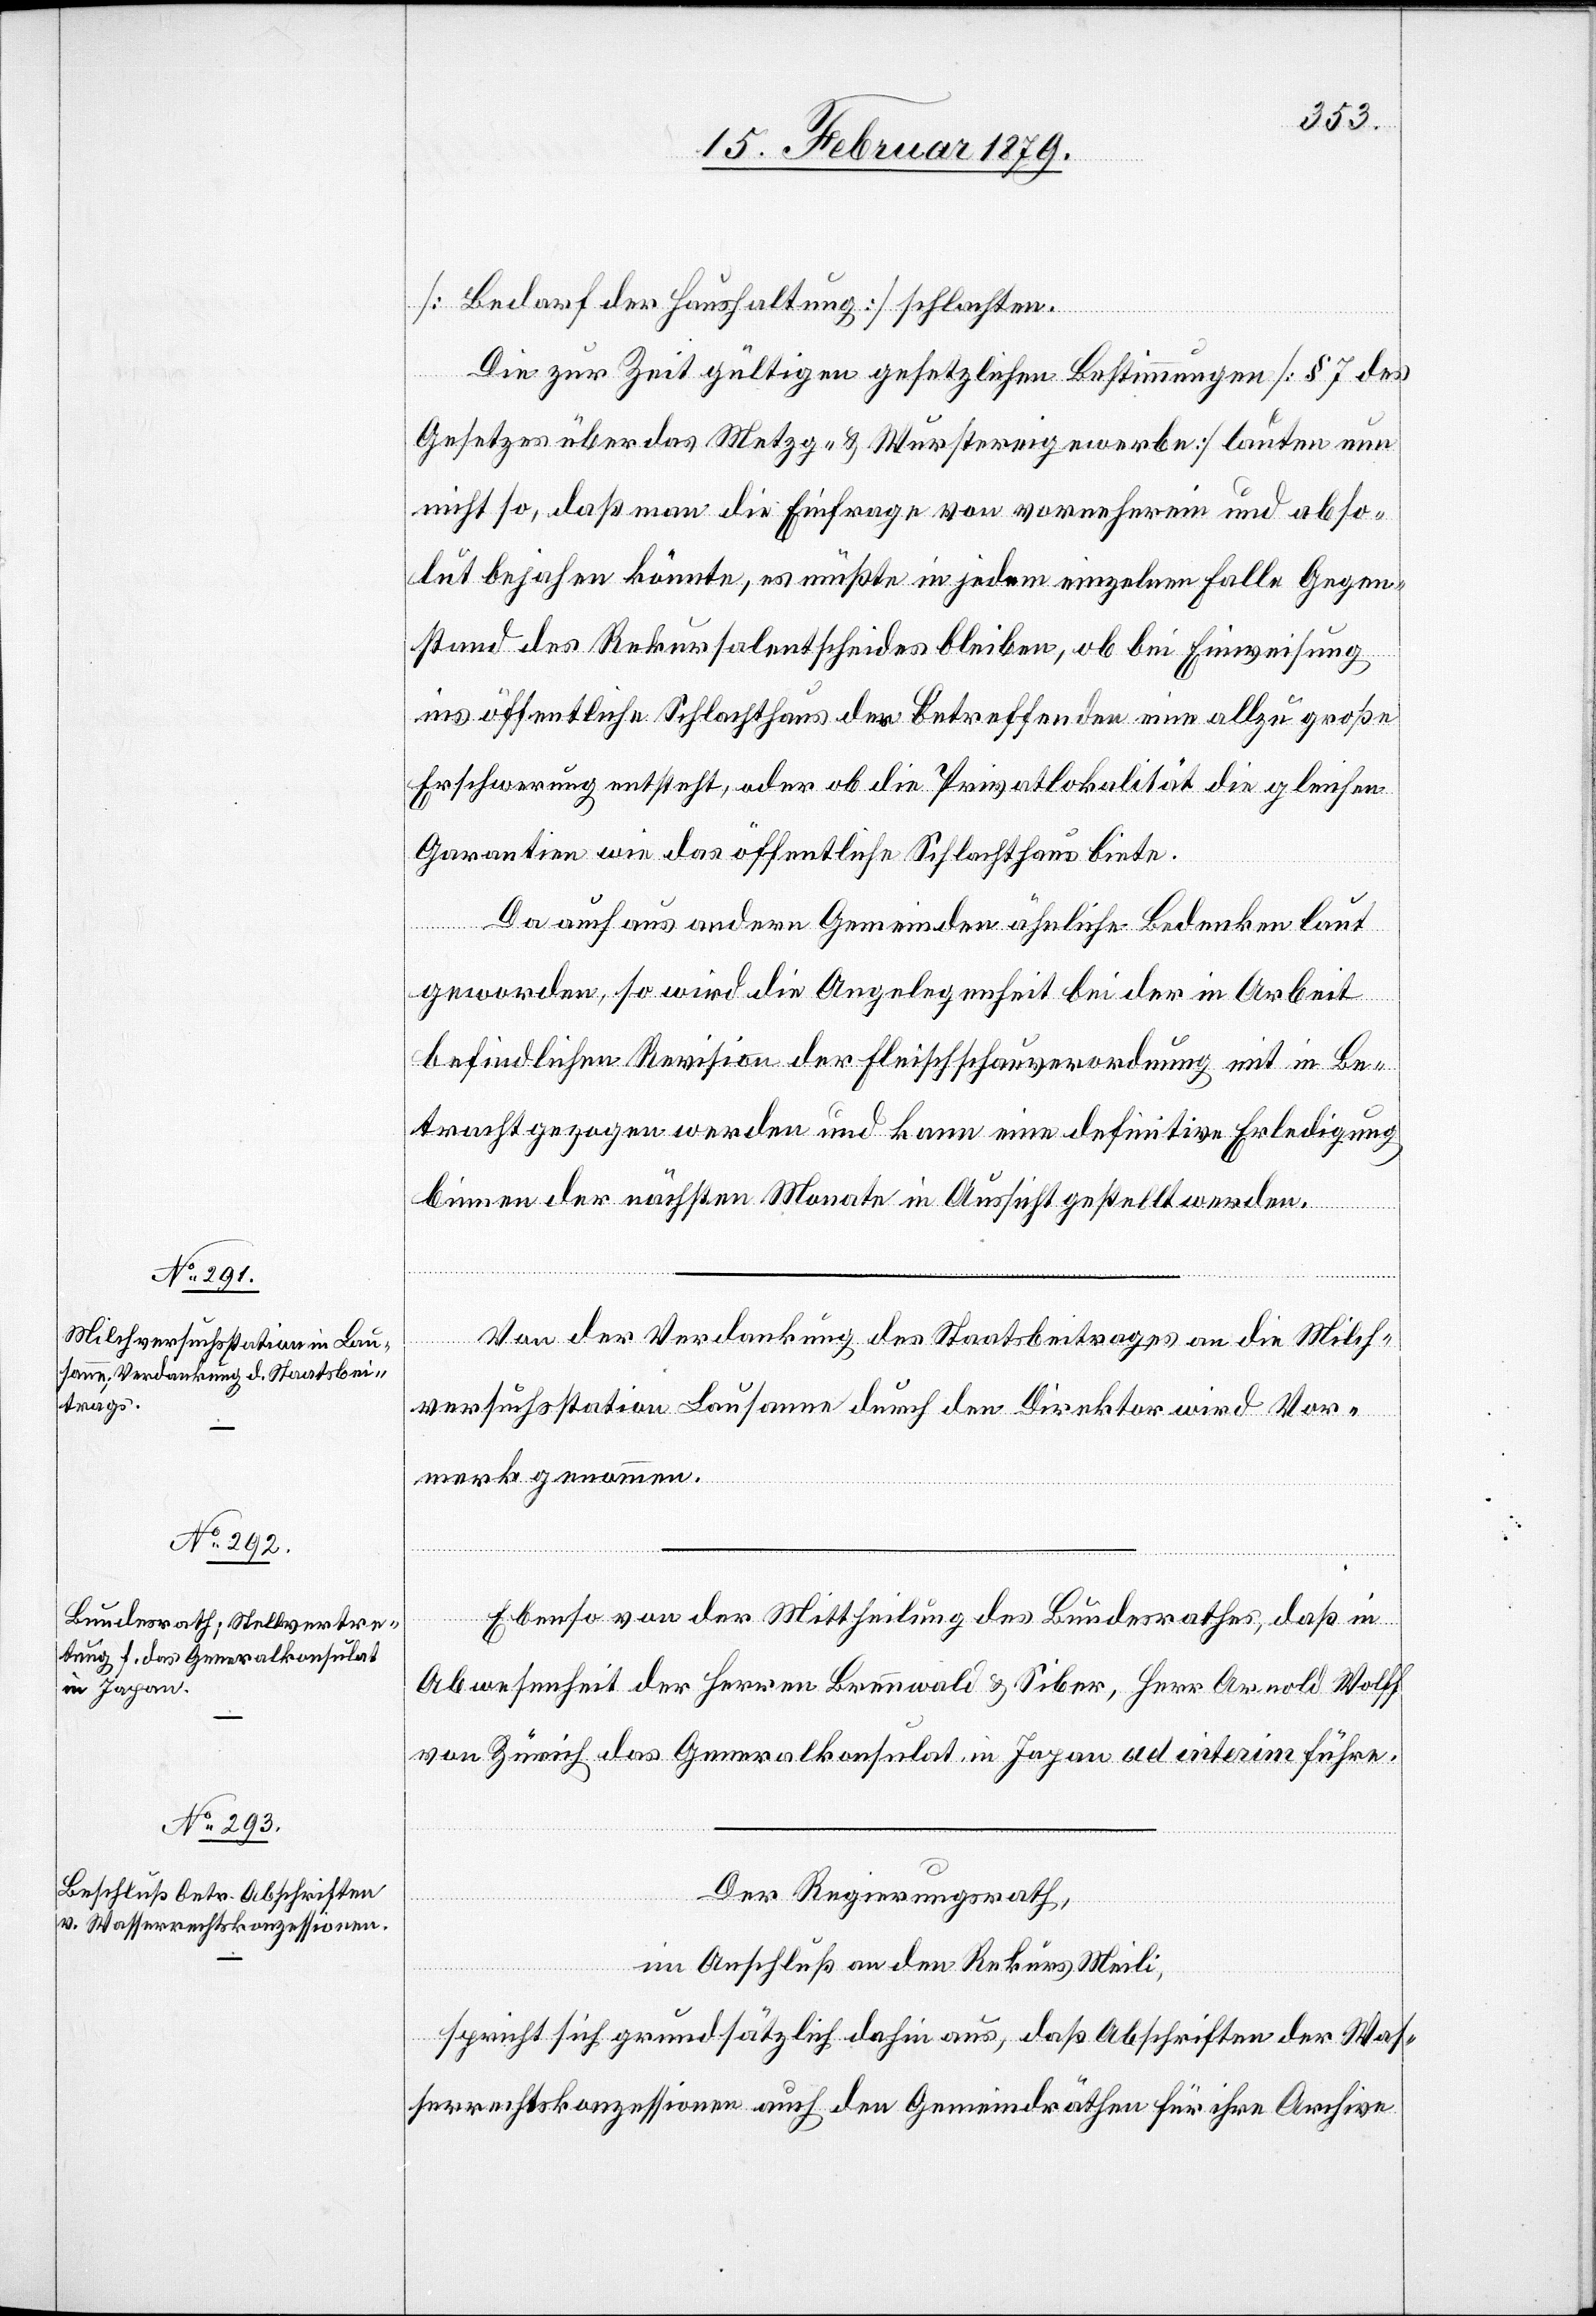
[Bedarf der Haushaltung] schlachten.
Die zur Zeit gültigen gesetzlichen Bestimmungen [§ 7 des
Gesetzes über das Metzg- & Wurstereigewerbe] lauten nun
nicht so, daß man die Einfrage von vorneherein und abso¬
lut bejahen könnte, es müßte in jedem einzelnen Falle Gegen¬
stand des Rekursalentscheides bleiben, ob bei Einweisung
ins öffentliche Schlachthaus den Betreffenden eine allzu große
Erschwerung entsteht, oder ob die Privatlokalität die gleichen
Garantien wie das öffentliche Schlachthaus biete.
Da auch aus andern Gemeinden ähnliche Bedenken laut
geworden, so wird die Angelegenheit bei der in Arbeit
befindlichen Revision der Fleischschauverordnung mit in Be¬
tracht gezogen werden und kann eine definitive Erledigung
binnen der nächsten Monate in Aussicht gestellt werden.
Von der Verdankung des Staatsbeitrages an die Milch¬
versuchsstation Lausanne durch den Direktor wird Vor¬
merk genommen.
Ebenso von der Mittheilung des Bundesrathes, daß in
Abwesenheit der Herren Brennwald & Siber, Herr Arnold Wolff
von Zürich das Generalkonsulat in Japan ad interim führe.
Der Regierungsrath,
im Anschluß an den Rekurs Meili,
spricht sich grundsätzlich dahin aus, daß Abschriften der Was¬
serrechtskonzessionen auch den Gemeindräthen für ihre Archive